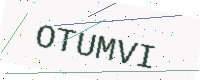
Text: OTUMVI